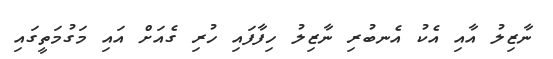
ނާޒިލު އާއި އެކު އެނބުރި ނާޒިލު ހިފާފައި ހުރި ގެއަށް އައި މަގުމަތީގައި